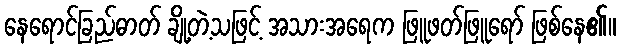
နေရောင်ခြည်ဓာတ် ချို့တဲ့သဖြင့် အသားအရေက ဖြူဖတ်ဖြူရော် ဖြစ်နေ၏။